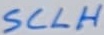
Text: SCLH